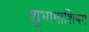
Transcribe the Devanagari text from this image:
शुभामाशिषम